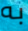
به